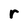
Character: r